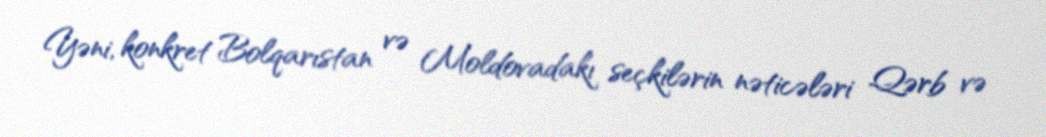
Yəni, konkret Bolqarıstan və Moldovadakı seçkilərin nəticələri Qərb və